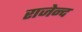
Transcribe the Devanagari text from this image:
राजेन्द